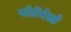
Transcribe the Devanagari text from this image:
पोर्टेबेलो